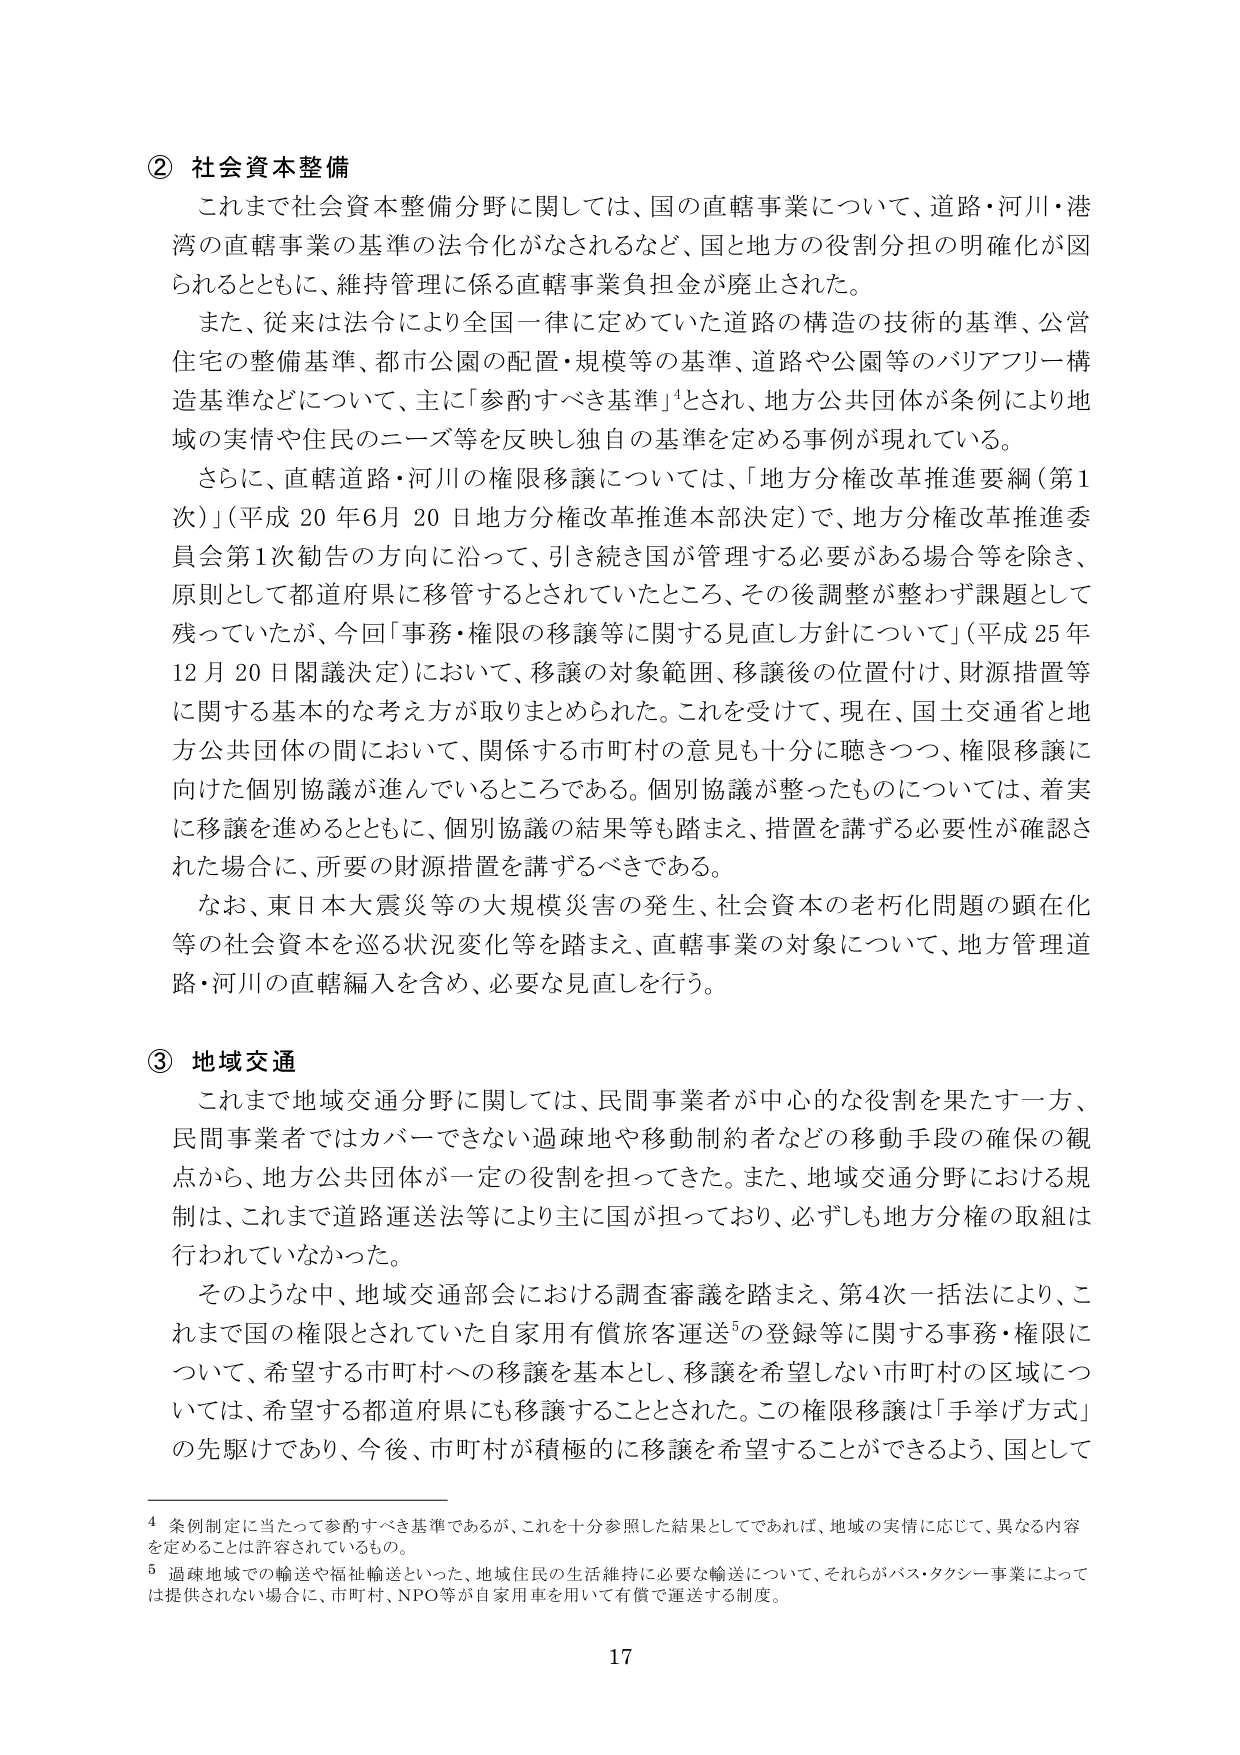
② 社会資本整備
これまで社会資本整備分野に関しては、国の直轄事業について、道路・河川・港湾の直轄事業の基準の法令化がなされるなど、国と地方の役割分担の明確化が図られるとともに、維持管理に係る直轄事業負担金が廃止された。
また、従来は法令により全国一律に定めていた道路の構造の技術的基準、公営住宅の整備基準、都市公園の配置・規模等の基準、道路や公園等のバリアフリー構造基準などについて、主に「参酌すべき基準」⁴とされ、地方公共団体が条例により地域の実情や住民のニーズ等を反映し独自の基準を定める事例が現れている。
さらに、直轄道路・河川の権限移譲については、「地方分権改革推進要綱（第1次）」（平成20年6月20日地方分権改革推進本部決定）で、地方分権改革推進委員会第1次勧告の方向に沿って、引き続き国が管理する必要がある場合等を除き、原則として都道府県に移管するとされていたところ、その後調整が整わず課題として残っていたが、今回「事務・権限の移譲等に関する見直し方針について」（平成25年12月20日閣議決定）において、移譲の対象範囲、移譲後の位置付け、財源措置等に関する基本的な考え方が取りまとめられた。これを受けて、現在、国土交通省と地方公共団体の間において、関係する市町村の意見も十分に聴きつつ、権限移譲に向けた個別協議が進んでいるところである。個別協議が整ったものについては、着実に移譲を進めるとともに、個別協議の結果等も踏まえ、措置を講ずる必要性が確認された場合に、所要の財源措置を講ずるべきである。
なお、東日本大震災等の大規模災害の発生、社会資本の老朽化問題の顕在化等の社会資本を巡る状況変化等を踏まえ、直轄事業の対象について、地方管理道路・河川の直轄編入を含め、必要な見直しを行う。

③ 地域交通
これまで地域交通分野に関しては、民間事業者が中心的な役割を果たす一方、民間事業者ではカバーできない過疎地や移動制約者などの移動手段の確保の観点から、地方公共団体が一定の役割を担ってきた。また、地域交通分野における規制は、これまで道路運送法等により主に国が担っており、必ずしも地方分権の取組は行われていなかった。
そのような中、地域交通部会における調査審議を踏まえ、第4次一括法により、これまで国の権限とされていた自家用有償旅客運送⁵の登録等に関する事務・権限について、希望する市町村への移譲を基本とし、移譲を希望しない市町村の区域については、希望する都道府県にも移譲することとされた。この権限移譲は「手挙げ方式」の先駆けであり、今後、市町村が積極的に移譲を希望することができるよう、国として

⁴ 条例制定に当たって参酌すべき基準であるが、これを十分参照した結果としてであれば、地域の実情に応じて、異なる内容を定めることは許容されているもの。
⁵ 過疎地域での輸送や福祉輸送といった、地域住民の生活維持に必要な輸送について、それらがバス・タクシー事業によっては提供されない場合に、市町村、NPO等が自家用車を用いて有償で運送する制度。

17